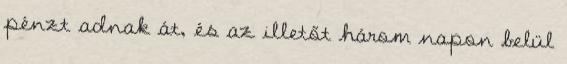
pénzt adnak át, és az illetőt három napon belül